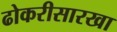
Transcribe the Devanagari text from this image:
ढोकरीसारखा